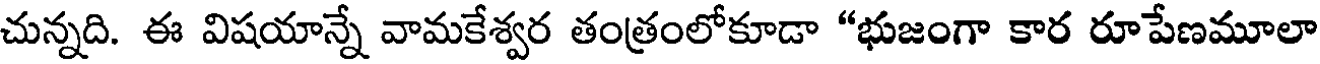
చున్నది. ఈ విషయాన్నే వామకేశ్వర తంత్రంలోకూడా "భుజంగా కార రూపేణమూలా